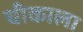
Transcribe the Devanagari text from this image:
चीकाला